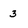
Character: 3